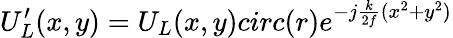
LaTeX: U_{L}^{\prime}(x,y)=U_{L}(x,y)circ(r)e^{-j\frac{k}{2f}(x^{2}+y^{2})}